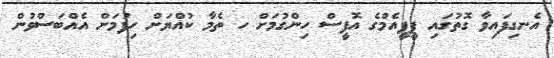
އެނގިފައިވާ ގޮތުގައި ޕީޕީއެމްގެ އޮފީސް ހިންގުމަށް ހ ތެމާ ކުއްޔަށް ހިފުމަށް އެއްބަސްވުން